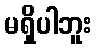
မရှိပါဘူး